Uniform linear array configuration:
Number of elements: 16
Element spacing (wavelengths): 0.25
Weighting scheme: kaiser
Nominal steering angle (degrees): -30
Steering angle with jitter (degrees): -29.206
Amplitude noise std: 0.05
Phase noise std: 0.05

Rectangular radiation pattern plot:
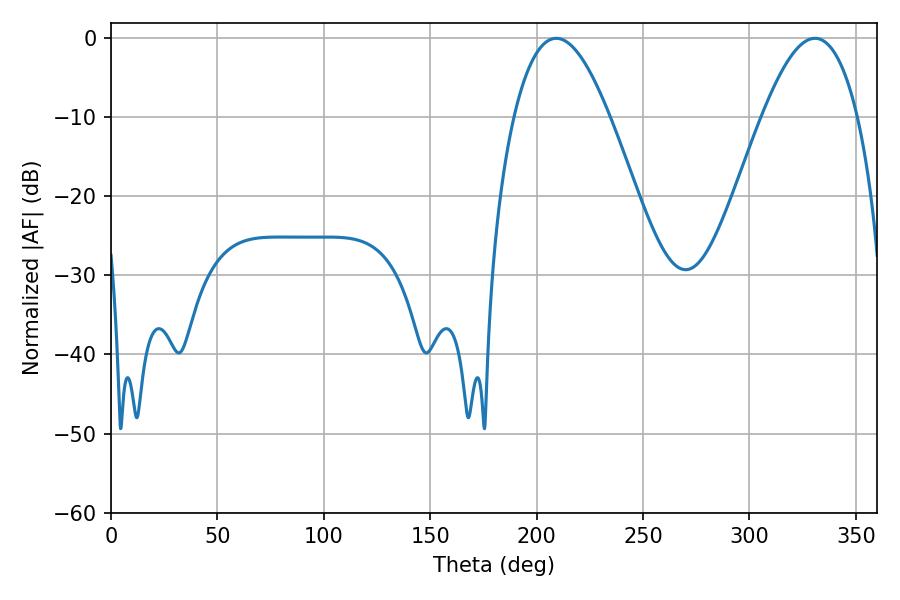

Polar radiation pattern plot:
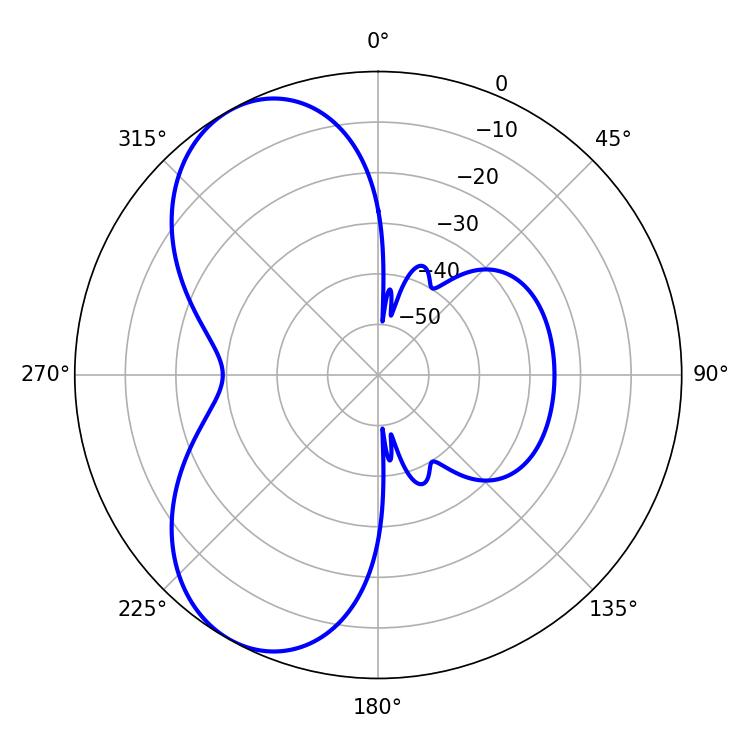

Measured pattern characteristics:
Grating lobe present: FALSE
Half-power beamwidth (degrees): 24.66
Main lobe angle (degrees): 209.16